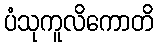
ပံသုကူလိကောတိ